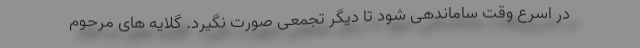
در اسرع وقت ساماندهی شود تا دیگر تجمعی صورت نگیرد. گلایه های مرحوم